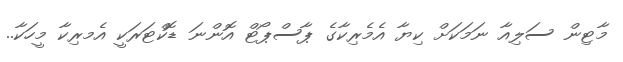
މާޓިން ސަލިއާ ނަމަކަށް ކިޔާ އެމެރިކާގެ ޕާސްޕޯޓް އޮންނަ ޑޮކްޓަރަކީ އެމރިކާ މީހަކާ..